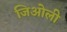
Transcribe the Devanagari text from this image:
जिओली